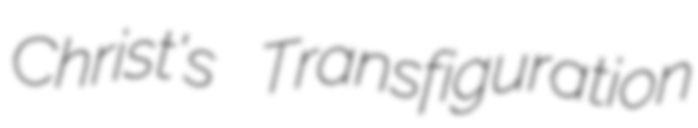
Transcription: Christ's Transfiguration